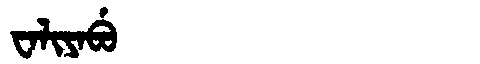
Manchu: ᠸᠠᠯᡳᠶᠠᠪᡠ
Romanization: WALIYABU